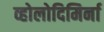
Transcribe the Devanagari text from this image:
व्होलोदिमिर्ना